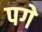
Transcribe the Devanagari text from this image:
पगे